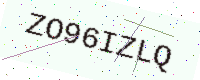
Text: ZO96IZLQ